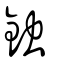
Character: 鉵